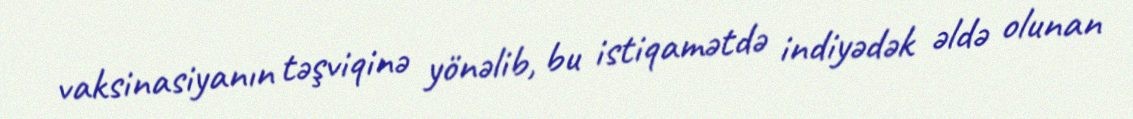
vaksinasiyanın təşviqinə yönəlib, bu istiqamətdə indiyədək əldə olunan